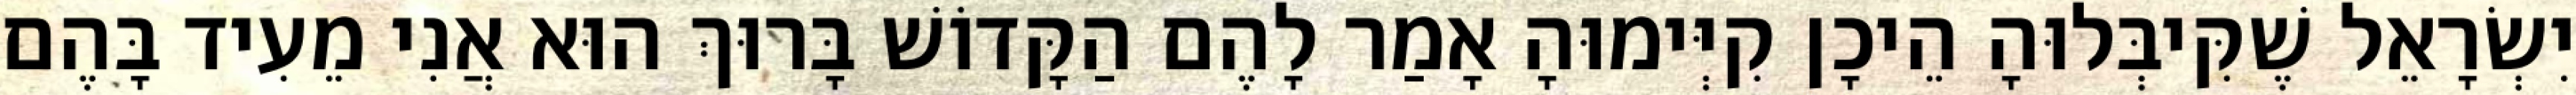
יִשְׂרָאֵל שֶׁקִּיבְּלוּהָ הֵיכָן קִיְּימוּהָ אָמַר לָהֶם הַקָּדוֹשׁ בָּרוּךְ הוּא אֲנִי מֵעִיד בָּהֶם